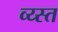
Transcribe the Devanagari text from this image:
व्य्स्त